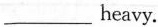
___heavy.